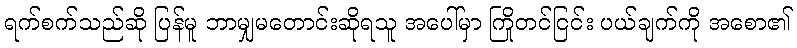
ရက်စက်သည်ဆို ပြန်မူ ဘာမျှမတောင်းဆိုရသူ အပေါ်မှာ ကြိုတင်ငြင်း ပယ်ချက်ကို အစော၏